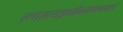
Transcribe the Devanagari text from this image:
रूपसत्यज्ञानाँनन्तानन्दलक्षणे